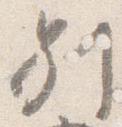
別